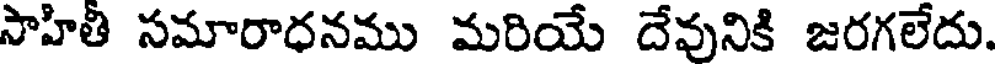
సాహితీ సమారాధనము మరియే దేవునికి జరగలేదు.